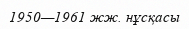
1950—1961 жж. нұсқасы